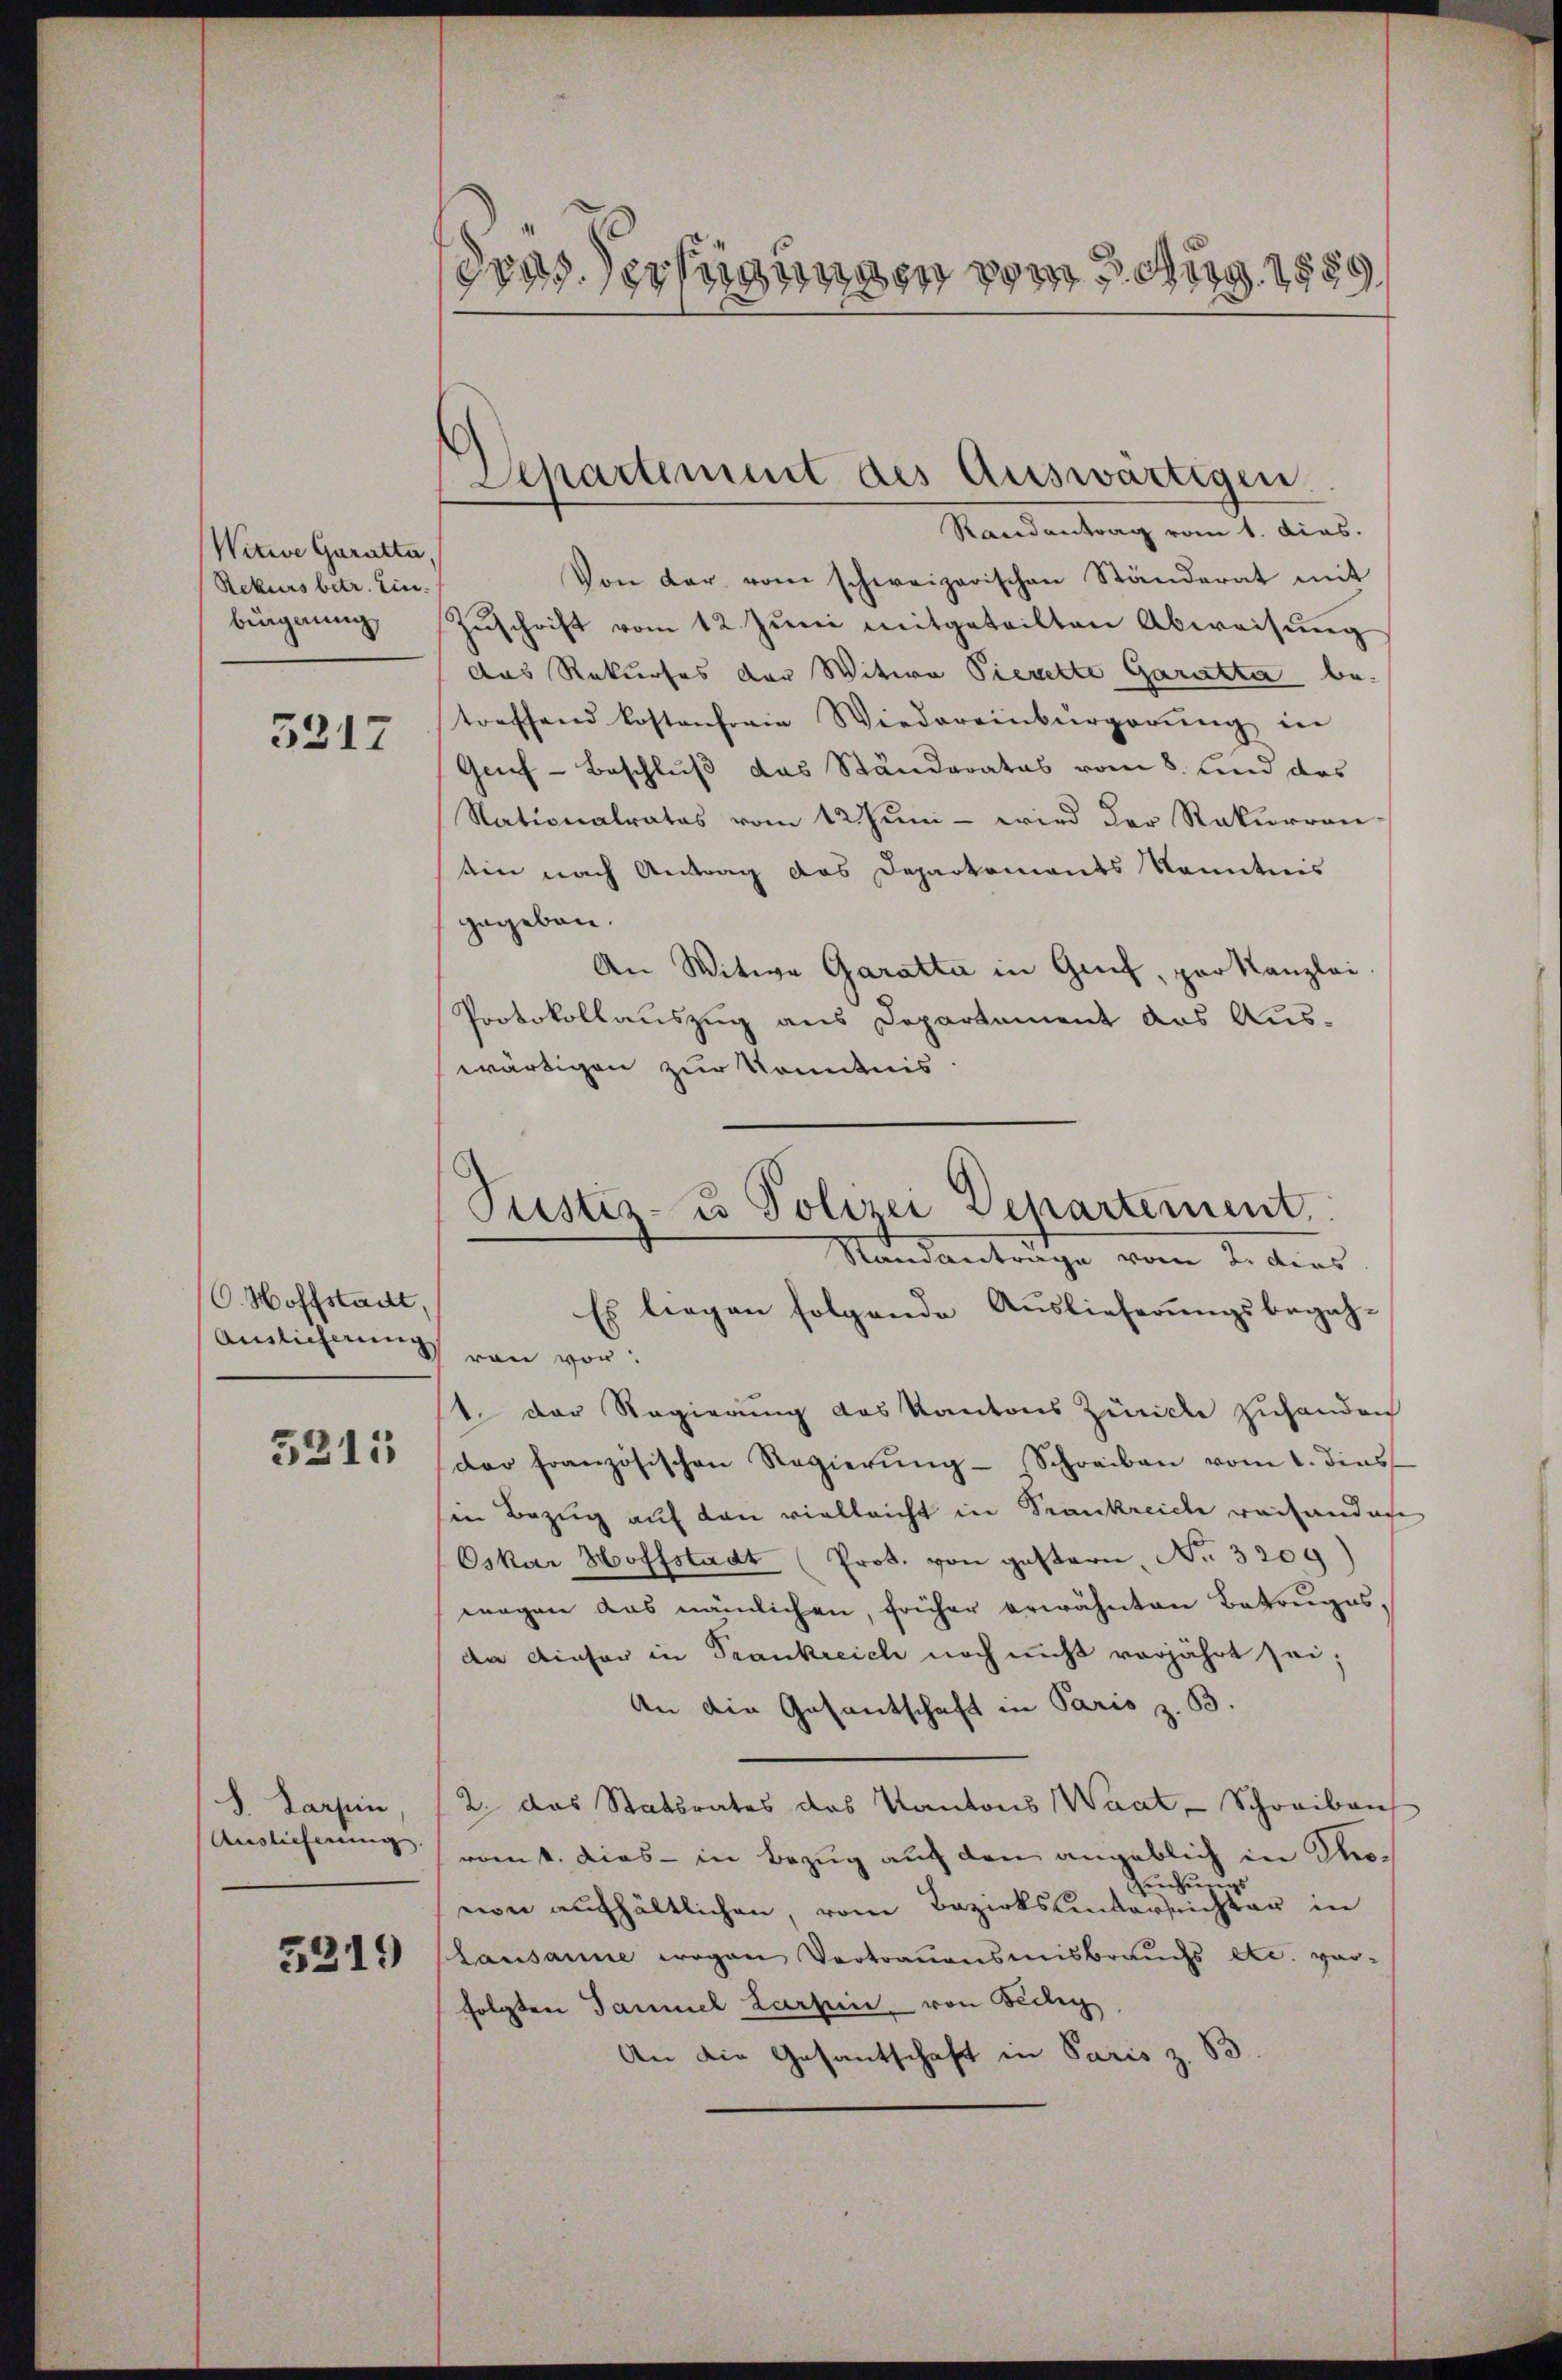
Witwe Garatta,
Rekurs betr. Ein-
biegnung,

3317

O. Hoffstadt,
Ainlicherung

5315

S. Sarpin
Auslieferung.

5219

dons Verfügungen vom 2. Aug. 1859

Departement des Auswärtigen.
Randantrag vom 1. Dias.

Von der vom schweizerischen Ständerat mit
Zŭschrift vom 12. Jŭni mitgeteilten Abweisung
das Rekurses der Witwe Pierette Garatta betoeffend kostenfreie Wiedereinbürgerŭng in
Geuf-Beschluß das Ständerates vom 8. und das
Nationalrates vom 12. Jŭni - wird der Rekurren-
tin nach Antrag das Departements Kenntnis
gegeben.
An Witwe Garatta in Genf, par Kanzlei.
Protokollauszug aus Departement das Aus-
wärtigen zur Kenntnis

Pustiz- u Polizei Departement
Standantrage vom 2. dies
Es liegen folgende Auslieferungsbezah-

ron von
1. Der Regierung des Kantons Zürich zuhanden
der französischen Regierŭng Schreiben vom 1. dies
sen Bezug auf den vielleicht in Frankreiche vorhandene
Oskar Hoffstadt (Prot. von gestern, No. 3209)
wegen aus nämlichen, früher erwähnten Betruges,
dee dieser in Trankreich noch nicht vorjährt sei;
An die Gesantschaft in Paris z. B.
2. das Statsrates des Kantons Waat, Schreiben
romt. Dies - in Bezug auf den angeblich in Thozrechungs
von aufhältlichen, vom Bezirksantersichter in
Lausanne wegen Vertrauensmisbrauchs etc. vorfolgten Sammel Zarpin, von Bedig
An die Gesantschaft in Paris z. B